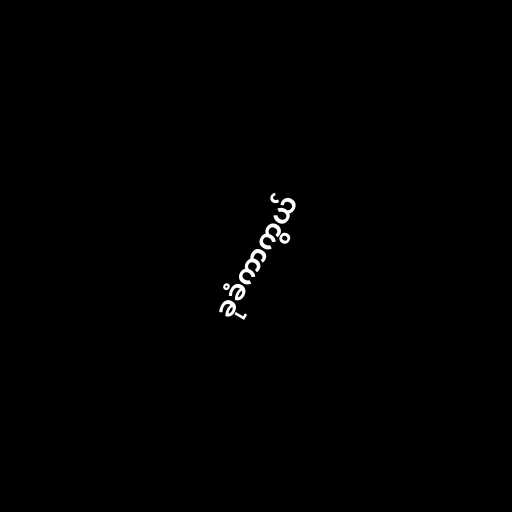
ခုခံကာကွယ်